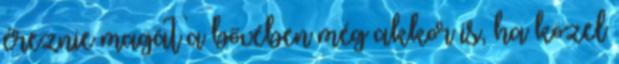
éreznie magát a bővében még akkor is, ha közel